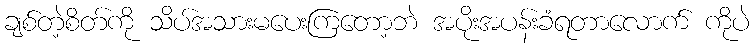
ချစ်တဲ့စိတ်ကို သိပ်အသားမပေးကြတော့ဘဲ အပိုးအပန်းခံရတာလောက် ကိုပဲ